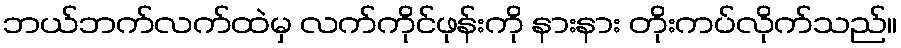
ဘယ်ဘက်လက်ထဲမှ လက်ကိုင်ဖုန်းကို နားနား တိုးကပ်လိုက်သည်။